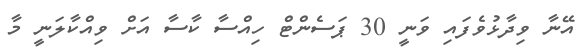
އޭނާ ވިދާޅުވެފައި ވަނީ 30 ޕަސެންޓް ހިއްސާ ކާސާ އަށް ވިއްކާލަނީ މާ